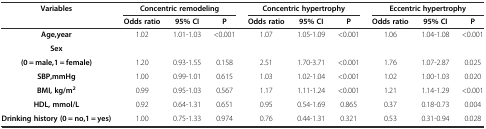
| <ROWSPAN=2> Variables | <COLSPAN=3> Concentric remodeling | <COLSPAN=3> Concentric hypertrophy | <COLSPAN=3> Eccentric hypertrophy |
 | Odds ratio | 95% CI | P | Odds ratio | 95% CI | P | Odds ratio | 95% CI | P |
 | --- | --- | --- | --- | --- | --- | --- | --- | --- | --- |
 | Age,year | 1.02 | 1.01-1.03 | <0.001 | 1.07 | 1.05-1.09 | <0.001 | 1.06 | 1.04-1.08 | <0.001 |
 | Sex |  |  |  |  |  |  |  |  |  |
 | (0 = male,1 = female) | 1.20 | 0.93-1.55 | 0.158 | 2.51 | 1.70-3.71 | <0.001 | 1.76 | 1.07-2.87 | 0.025 |
 | SBP,mmHg | 1.00 | 0.99-1.01 | 0.615 | 1.03 | 1.02-1.04 | <0.001 | 1.02 | 1.00-1.03 | 0.020 |
 | BMI, kg/m2 | 0.99 | 0.95-1.03 | 0.567 | 1.17 | 1.11-1.24 | <0.001 | 1.21 | 1.14-1.29 | <0.001 |
 | HDL, mmol/L | 0.92 | 0.64-1.31 | 0.651 | 0.95 | 0.54-1.69 | 0.865 | 0.37 | 0.18-0.73 | 0.004 |
 | Drinking history (0 = no,1 = yes) | 1.00 | 0.75-1.33 | 0.974 | 0.76 | 0.44-1.31 | 0.321 | 0.53 | 0.31-0.94 | 0.028 |